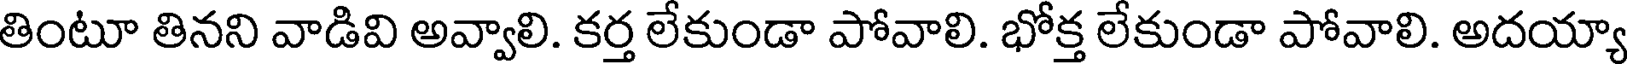
తింటూ తినని వాడివి అవ్వాలి. కర్త లేకుండా పోవాలి. భోక్త లేకుండా పోవాలి. అదయ్యా